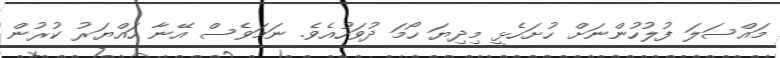
މައްސަލަ ފުލުހުންނަށް ހުށަހެޅީ މިދިޔަ ހޯމަ ދުވަހުއެވެ. ނަމަވެސް އޭނާ ހައްޔަރު ކުރުން